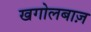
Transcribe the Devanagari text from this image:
खगोलबाज़